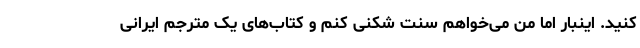
کنید. اینبار اما من می‌خواهم سنت شکنی کنم و کتاب‌های یک مترجم ایرانی